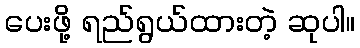
ပေးဖို့ ရည်ရွယ်ထားတဲ့ ဆုပါ။